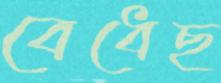
বেধেছ